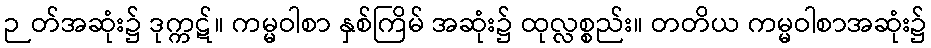
ဉတ်အဆုံး၌ ဒုက္ကဋ်။ ကမ္မဝါစာ နှစ်ကြိမ် အဆုံး၌ ထုလ္လစ္စည်း။ တတိယ ကမ္မဝါစာအဆုံး၌